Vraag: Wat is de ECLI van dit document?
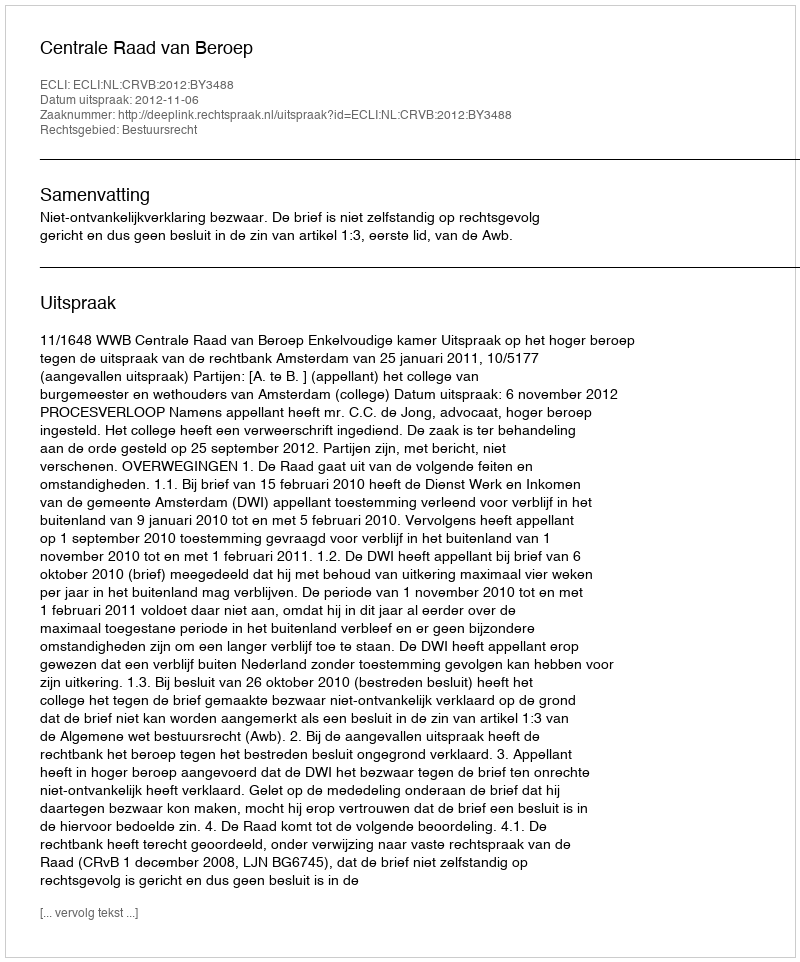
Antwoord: ECLI:NL:CRVB:2012:BY3488